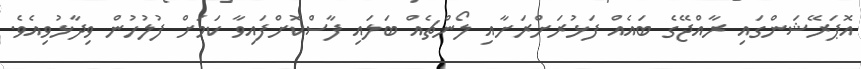
އޮޕަރޭޝަންގައި ރާއްޖޭގެ ބައެއް ފަޅުރަށްރަށާއި ލޯންޗެއް ބަލައި ފާސްކޮށްފައިވާ ކަމަށް ފުލުހުން ވިދާޅުވިއެވެ.